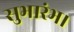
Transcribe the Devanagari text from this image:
सुभारंभ।